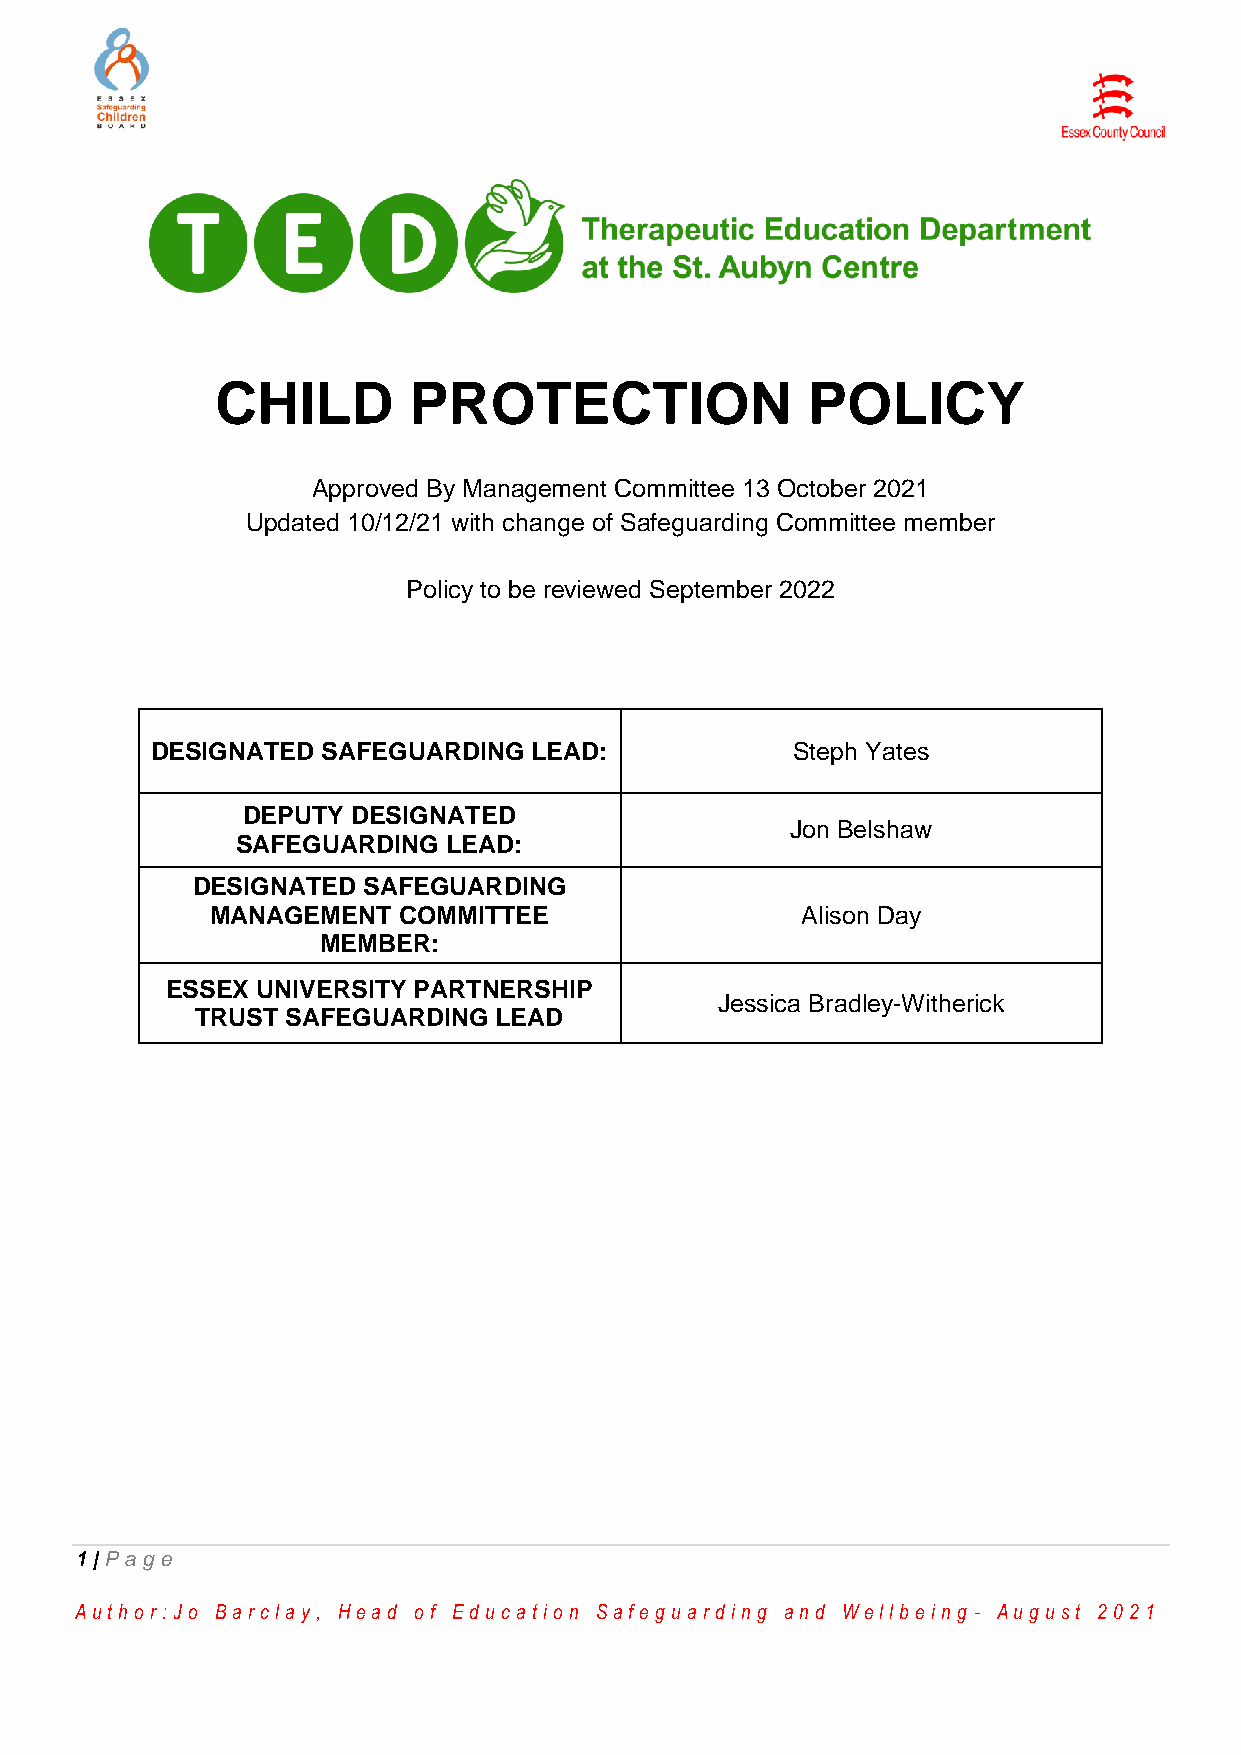
CHILD        PROTECTION                POLICY
 Approved By Management Committee 13 October 2021
 Updated 10/12/21 with change of Safeguarding Committee member
 Policy to be reviewed September 2022
 DESIGNATED SAFEGUARDING  LEAD:            Steph Yates
 DEPUTY DESIGNATED
 Jon Belshaw
 SAFEGUARDING  LEAD:
 DESIGNATED SAFEGUARDING
 MANAGEMENT  COMMITTEE                  Alison Day
 MEMBER:
 ESSEX UNIVERSITY PARTNERSHIP
 Jessica Bradley-Witherick
 TRUST SAFEGUARDING  LEAD
 1 | Pag e
 Au th o r :Jo Ba r cla y, He a d o f Ed u ca tio n Sa fe g u a r d in g a n d We llb e in g - Au g u st 2 0 2 1